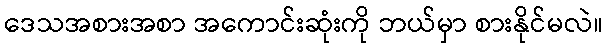
ဒေသအစားအစာ အကောင်းဆုံးကို ဘယ်မှာ စားနိုင်မလဲ။